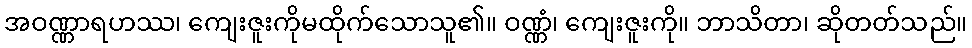
အဝဏ္ဏာရဟဿ၊ ကျေးဇူးကိုမထိုက်သောသူ၏။ ဝဏ္ဏံ၊ ကျေးဇူးကို။ ဘာသိတာ၊ ဆိုတတ်သည်။